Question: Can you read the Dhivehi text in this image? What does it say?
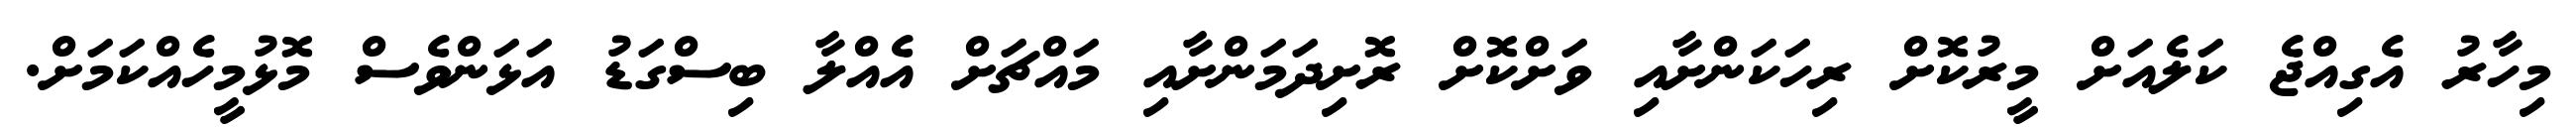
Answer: މިހާރު އެގިއްޖެ ކަލެއަށް މީރުކޮށް ރިހަކަންށާއި ވަށްކޮށް ރޮށިދަމަންށާއި މައްޗަށް އެއްލާ ބިސްގަޑު އަޅަންވެސް މޮޅުމީހެއްކަމަށް.